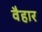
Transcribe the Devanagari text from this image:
वैहार